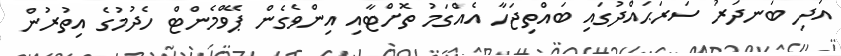
އަދި ބަނދަރު ސަރަޙައްދުގައި ބައްތިޖަހާ އެއްގަމު ތޮށްޓާއި އިންވެގެން ޕޭވްމެންޓް ހެދުމުގެ އިތުރުން